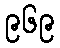
၉၆၉